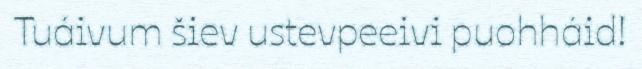
Tuáivum šiev ustevpeeivi puohháid!